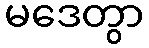
မဒေတွာ